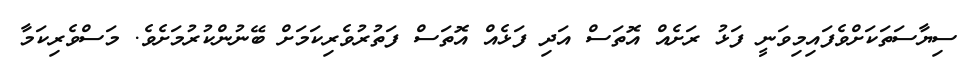
ސިޔާސަތަކަށްވެފައިމިވަނީ ފަޅު ރަށެއް އޮތަސް އަދި ފަޅެއް އޮތަސް ފަތުރުވެރިކަމަށް ބޭނުންކުރުމަށެވެ. މަސްވެރިކަމާ